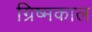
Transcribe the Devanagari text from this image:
ग्रिष्मकाल